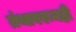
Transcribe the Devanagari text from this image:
ग्रंथावरूनही